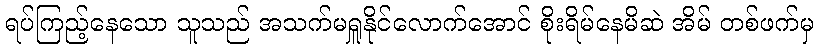
ရပ်ကြည့်နေသော သူသည် အသက်မရှူနိုင်လောက်အောင် စိုးရိမ်နေမိဆဲ အိမ် တစ်ဖက်မှ